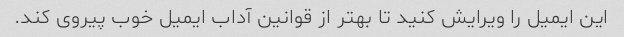
این ایمیل را ویرایش کنید تا بهتر از قوانین آداب ایمیل خوب پیروی کند.